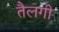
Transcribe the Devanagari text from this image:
तैलगी